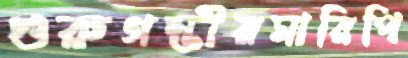
গুরুগম্ভীরমারিপি